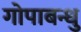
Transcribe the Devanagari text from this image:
गोपाबन्धु